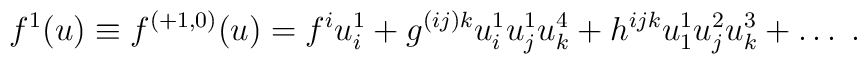
f^1(u)\equiv f^{(+1,0)}(u)  = f^iu^1_i +  g^{(ij)k}u^1_iu^1_ju^4_k + h^{ijk}u^1_1u^2_ju^3_k + \ldots\;.